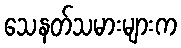
သေနတ်သမားများက